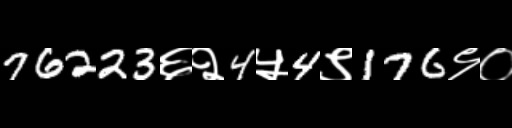
Text: 76223६२4५4९176९०